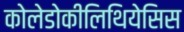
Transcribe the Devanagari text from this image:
कोलेडोकीलिथियेसिस